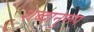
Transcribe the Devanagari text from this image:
शब्दानुरूप